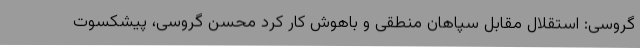
گروسی: استقلال مقابل سپاهان منطقی و باهوش کار کرد محسن گروسی، پیشکسوت